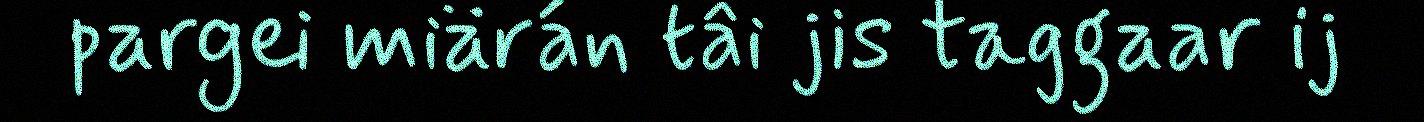
pargei miärán tâi jis taggaar ij